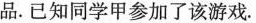
品。已知同学甲参加了该游戏。